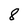
Character: 8